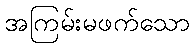
အကြမ်းမဖက်သော